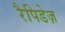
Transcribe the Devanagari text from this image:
रैपिडेज़